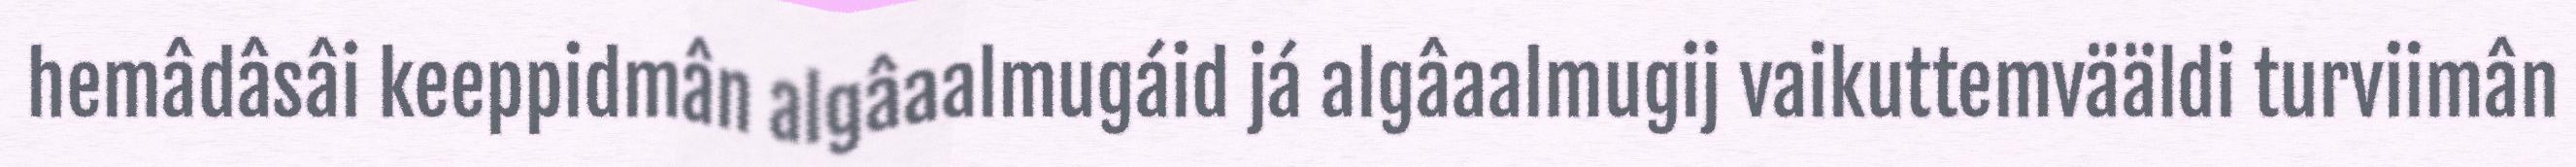
hemâdâsâi keeppidmân algâaalmugáid já algâaalmugij vaikuttemvääldi turviimân